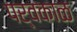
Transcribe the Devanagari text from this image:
पर्वकाळ